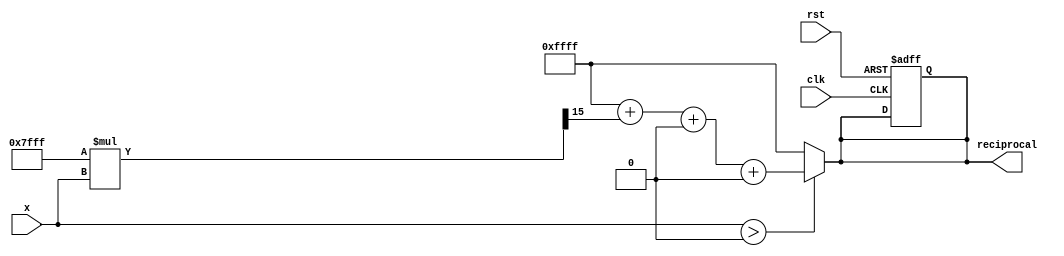
module poly_reciprocal (
    input  wire [15:0] x,          // Input value (fixed-point representation)
    output reg  [15:0] reciprocal,  // Output reciprocal (fixed-point representation)
    input  wire clk,                // Clock signal
    input  wire rst                 // Reset signal
);

    // Polynomial coefficients for approximation (example coefficients)
    // These coefficients should be determined based on the desired accuracy
    parameter c0 = 16'hFFFF; // Example coefficient for x^0
    parameter c1 = 16'h7FFF; // Example coefficient for x^1
    parameter c2 = 16'h3FFF; // Example coefficient for x^2
    parameter c3 = 16'h1FFF; // Example coefficient for x^3

    // Intermediate variables
    reg [15:0] x_transformed; // Transformed input for polynomial evaluation
    reg [15:0] poly_result;   // Result of polynomial evaluation

    // Polynomial evaluation using Horner's method
    always @(*) begin
        if (x > 16'h0000) begin // Check if x > 0
            // Transform input if necessary (scaling, shifting, etc.)
            // For example, we can use x_transformed = x
            x_transformed = x;

            // Polynomial evaluation: R(x) = c0 + c1 * x + c2 * x^2 + c3 * x^3
            poly_result = c0 + (c1 * x_transformed >> 15) + 
                          (c2 * (x_transformed * x_transformed) >> 30) + 
                          (c3 * (x_transformed * x_transformed * x_transformed) >> 45);
            reciprocal = poly_result; // Assign polynomial result to reciprocal
        end else begin
            reciprocal = 16'hFFFF; // Assign error value for invalid input (e.g., x <= 0)
        end
    end

    // Sequential logic to handle reset and clock
    always @(posedge clk or posedge rst) begin
        if (rst) begin
            reciprocal <= 16'h0000; // Reset output
        end
    end

endmodule